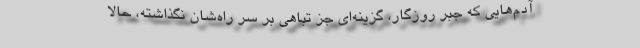
آدم‌هایی که جبر روزگار، گزینه‌ای جز تباهی بر سر راه‌شان نگذاشته، حالا